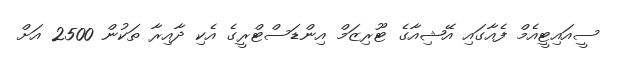
ސީއައިޓީއެމް ފެއާގައި އޭޝިއާގެ ޓޫރިޒަމް އިންޑަސްޓްރީގެ އެކި ދާއިރާ ތަކުން 2500 އަށް